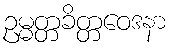
ဥမ္မတ္တခိတ္တဝေဒနာ